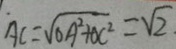
A C = \sqrt { O A ^ { 2 } + O C ^ { 2 } } = \sqrt { 2 } \cdot